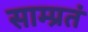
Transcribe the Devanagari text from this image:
साम्प्रतं